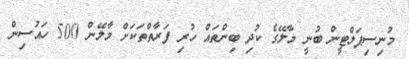
މުނިސިޕަލްޓީން ބުނީ މާލޭގެ ކުދި ބިންތައް ހުރި ފަރާތްތަކަށް މާލޭން 500 ހައުސިން